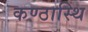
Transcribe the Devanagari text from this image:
कण्ठास्थि